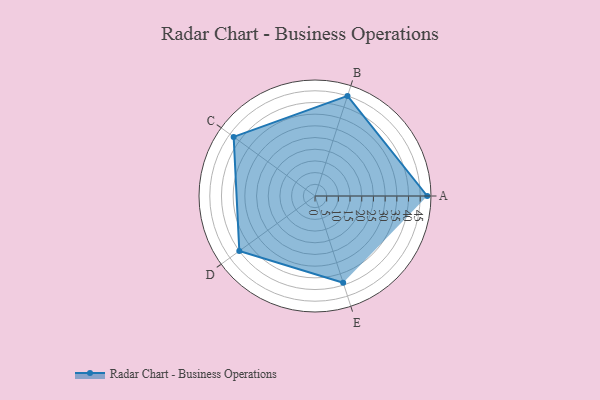
{"axis": {"x": "Skill", "y": "Score"}, "legend": ["Profile"], "data": [{"x": "A", "y": 48.0, "type": "Profile"}, {"x": "B", "y": 45.0, "type": "Profile"}, {"x": "C", "y": 43.0, "type": "Profile"}, {"x": "D", "y": 40.0, "type": "Profile"}, {"x": "E", "y": 39.0, "type": "Profile"}]}